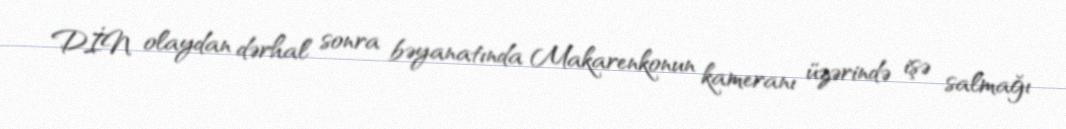
DİN olaydan dərhal sonra bəyanatında Makarenkonun kameranı üzərində işə salmağı